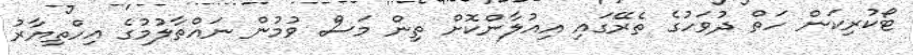
ޓޯކުރިކަން ހަތް ދުވަހުގެ ތެރޭގައި އިއުލާންކޮށް ތިން މަސް ވުމުން ނައްތާލުމުގެ އިހްތިޔާރު